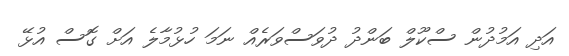
އަދި އަމުދުން ސްކޫލް ބަންދު ދުވަސްވަރެއް ނަމަ ހުޅުމާލެ އަށް ގޮސް އުޅޭ